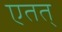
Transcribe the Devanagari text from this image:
एतत्‌